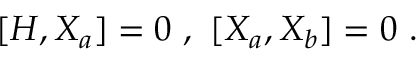
[ H , X _ { a } ] = 0 \ , \ [ X _ { a } , X _ { b } ] = 0 \ .